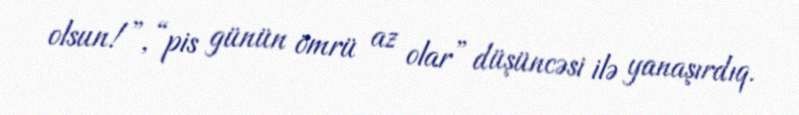
olsun!”, “pis günün ömrü az olar” düşüncəsi ilə yanaşırdıq.